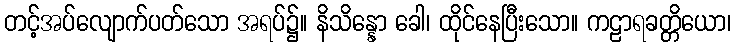
တင့်အပ်လျောက်ပတ်သော အရပ်၌။ နိသိန္နော ခေါ၊ ထိုင်နေပြီးသော။ ကဠာရခတ္တိယော၊